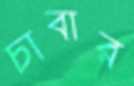
চাবার